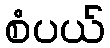
စံပယ်